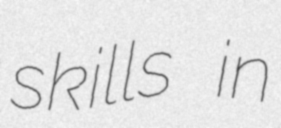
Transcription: skills in